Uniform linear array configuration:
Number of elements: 48
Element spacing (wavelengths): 0.5
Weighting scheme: cosine
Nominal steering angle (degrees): -60
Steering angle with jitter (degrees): -60.74
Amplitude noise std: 0.05
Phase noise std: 0.05

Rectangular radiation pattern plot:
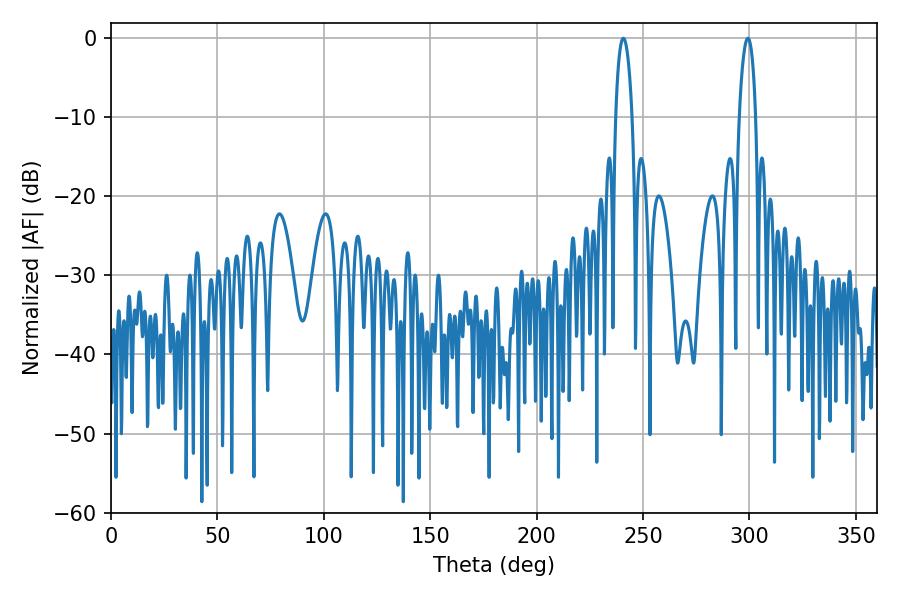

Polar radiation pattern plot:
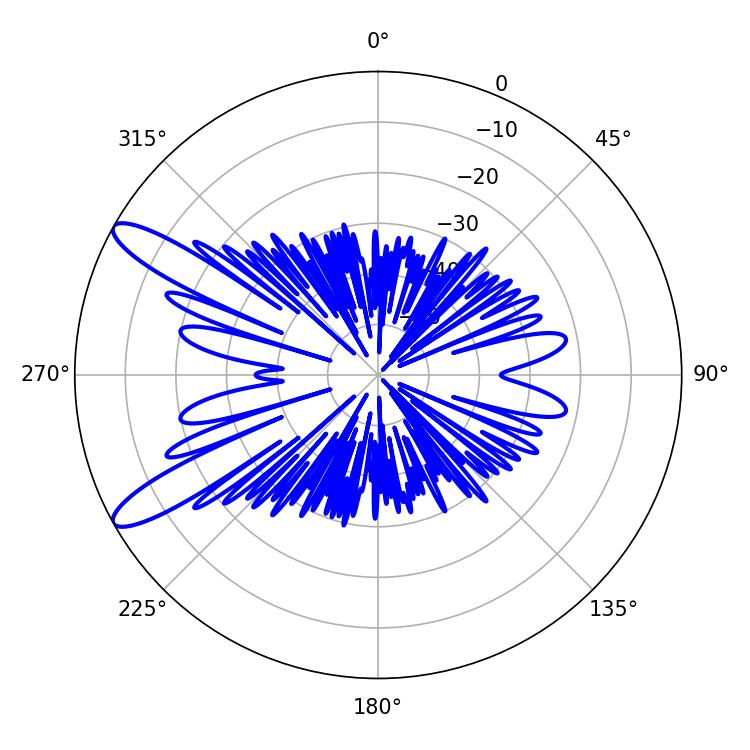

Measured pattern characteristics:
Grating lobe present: FALSE
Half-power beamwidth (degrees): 4.32
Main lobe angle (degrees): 299.34